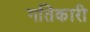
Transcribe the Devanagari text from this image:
गतिकारी